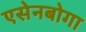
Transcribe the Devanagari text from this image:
एसेनबोगा